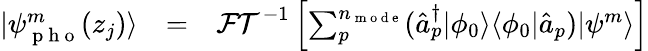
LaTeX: \begin{array}{ccl}{|\psi_{\mathrm{~p~h~o~}}^{m}(z_{j})\rangle}&{=}&{\mathcal{FT}^{-1}\left[\sum_{p}^{n_{\mathrm{~m~o~d~e~}}}(\hat{a}_{p}^{\dagger}|\phi_{0}\rangle\langle\phi_{0}|\hat{a}_{p})|\psi^{m}\rangle\right]}\end{array}